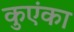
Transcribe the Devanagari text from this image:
कुएंका